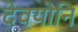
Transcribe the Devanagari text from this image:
देवयोनि